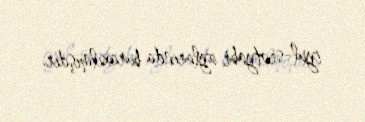
iyul-sentyabr aylarında buraxılmışdır.